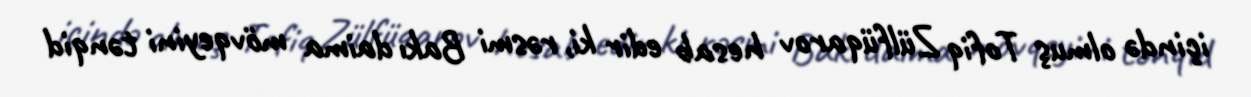
içində olmuş Tofiq Zülfüqarov hesab edir ki, rəsmi Bakı daima mövqeyini tənqid